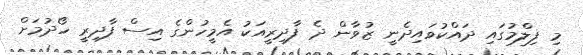
މި ފިލްމުގައި ދައްކުވައިދެނީ ޒުވާން ދެ ފާދިރީއަކު އެމީހުންގެ އިސް ފާދިރީ ހޯދުމަށް